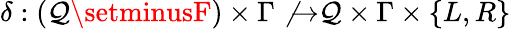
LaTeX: \delta:(\mathcal{Q}\setminusF)\times\Gamma\not{\to}\mathcal{Q}\times\Gamma\times\{ L,R\}